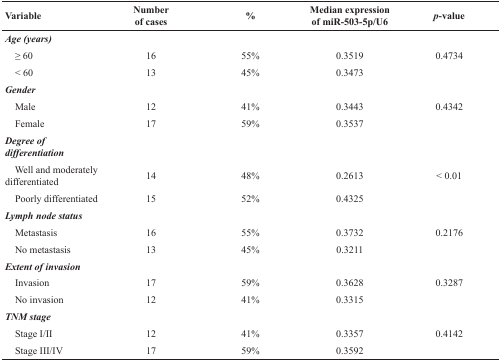
<table><thead><tr><td><b>Variable</b></td><td><b>Number of cases</b></td><td><b>%</b></td><td><b>Median expression of miR-503-5p/U6</b></td><td><b><i>p</i>-value</b></td></tr></thead><tbody><tr><td><b><i>Age (years)</i></b></td><td></td><td></td><td></td><td></td></tr><tr><td> ≥ 60</td><td>16</td><td>55%</td><td>0.3519</td><td>0.4734</td></tr><tr><td> &lt; 60</td><td>13</td><td>45%</td><td>0.3473</td><td></td></tr><tr><td><b><i>Gender</i></b></td><td></td><td></td><td></td><td></td></tr><tr><td> Male</td><td>12</td><td>41%</td><td>0.3443</td><td>0.4342</td></tr><tr><td> Female</td><td>17</td><td>59%</td><td>0.3537</td><td></td></tr><tr><td><b><i>Degree of differentiation</i></b></td><td></td><td></td><td></td><td></td></tr><tr><td> Well and moderately differentiated</td><td>14</td><td>48%</td><td>0.2613</td><td>&lt; 0.01</td></tr><tr><td> Poorly differentiated</td><td>15</td><td>52%</td><td>0.4325</td><td></td></tr><tr><td><b><i>Lymph node status</i></b></td><td></td><td></td><td></td><td></td></tr><tr><td> Metastasis</td><td>16</td><td>55%</td><td>0.3732</td><td>0.2176</td></tr><tr><td> No metastasis</td><td>13</td><td>45%</td><td>0.3211</td><td></td></tr><tr><td><b><i>Extent of invasion</i></b></td><td></td><td></td><td></td><td></td></tr><tr><td> Invasion</td><td>17</td><td>59%</td><td>0.3628</td><td>0.3287</td></tr><tr><td> No invasion</td><td>12</td><td>41%</td><td>0.3315</td><td></td></tr><tr><td><b><i>TNM stage</i></b></td><td></td><td></td><td></td><td></td></tr><tr><td> Stage I/II</td><td>12</td><td>41%</td><td>0.3357</td><td>0.4142</td></tr><tr><td> Stage III/IV</td><td>17</td><td>59%</td><td>0.3592</td><td></td></tr></tbody></table>